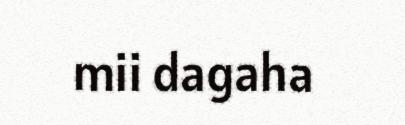
mii dagaha